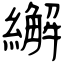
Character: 繲